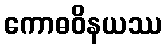
ကောဓဝိနယဿ